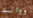
ووالد